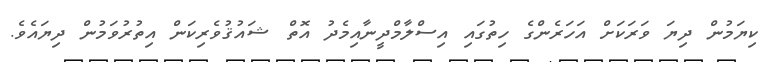
ކިޔަމުން ދިޔަ ވަރަކަށް އަހަރެންގެ ހިތުގައި އިސްލާމްދީނާއިމެދު އޮތް ޝައުޤުވެރިކަން އިތުރުވަމުން ދިޔައެވެ.